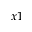
x 1